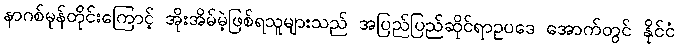
နာဂစ်မုန်တိုင်းကြောင့် အိုးအိမ်မဲ့ဖြစ်ရသူများသည် အပြည်ပြည်ဆိုင်ရာဥပဒေ အောက်တွင် နိုင်ငံ